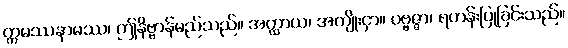
ဣမဿနာမဿ၊ ဤနိဗ္ဗာန်မည်သည်။ အတ္ထာယ၊ အကျိုးငှာ။ ပဗ္ဗဇ္ဇာ၊ ရဟန်းပြုခြင်းသည်။